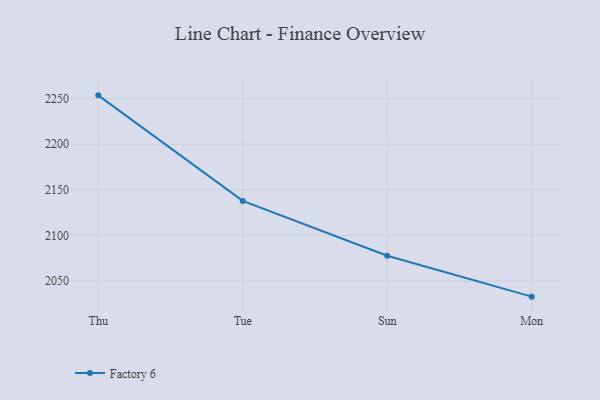
{"axis": {"x": "Day", "y": "Inventory Turnover"}, "legend": ["Factory 6"], "data": [{"x": "Thu", "y": 2253.6, "type": "Factory 6"}, {"x": "Tue", "y": 2137.9, "type": "Factory 6"}, {"x": "Sun", "y": 2077.7, "type": "Factory 6"}, {"x": "Mon", "y": 2032.9, "type": "Factory 6"}]}